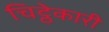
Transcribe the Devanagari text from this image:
चिट्ठेकारी